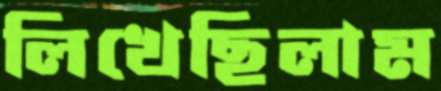
লিখেছিলাম